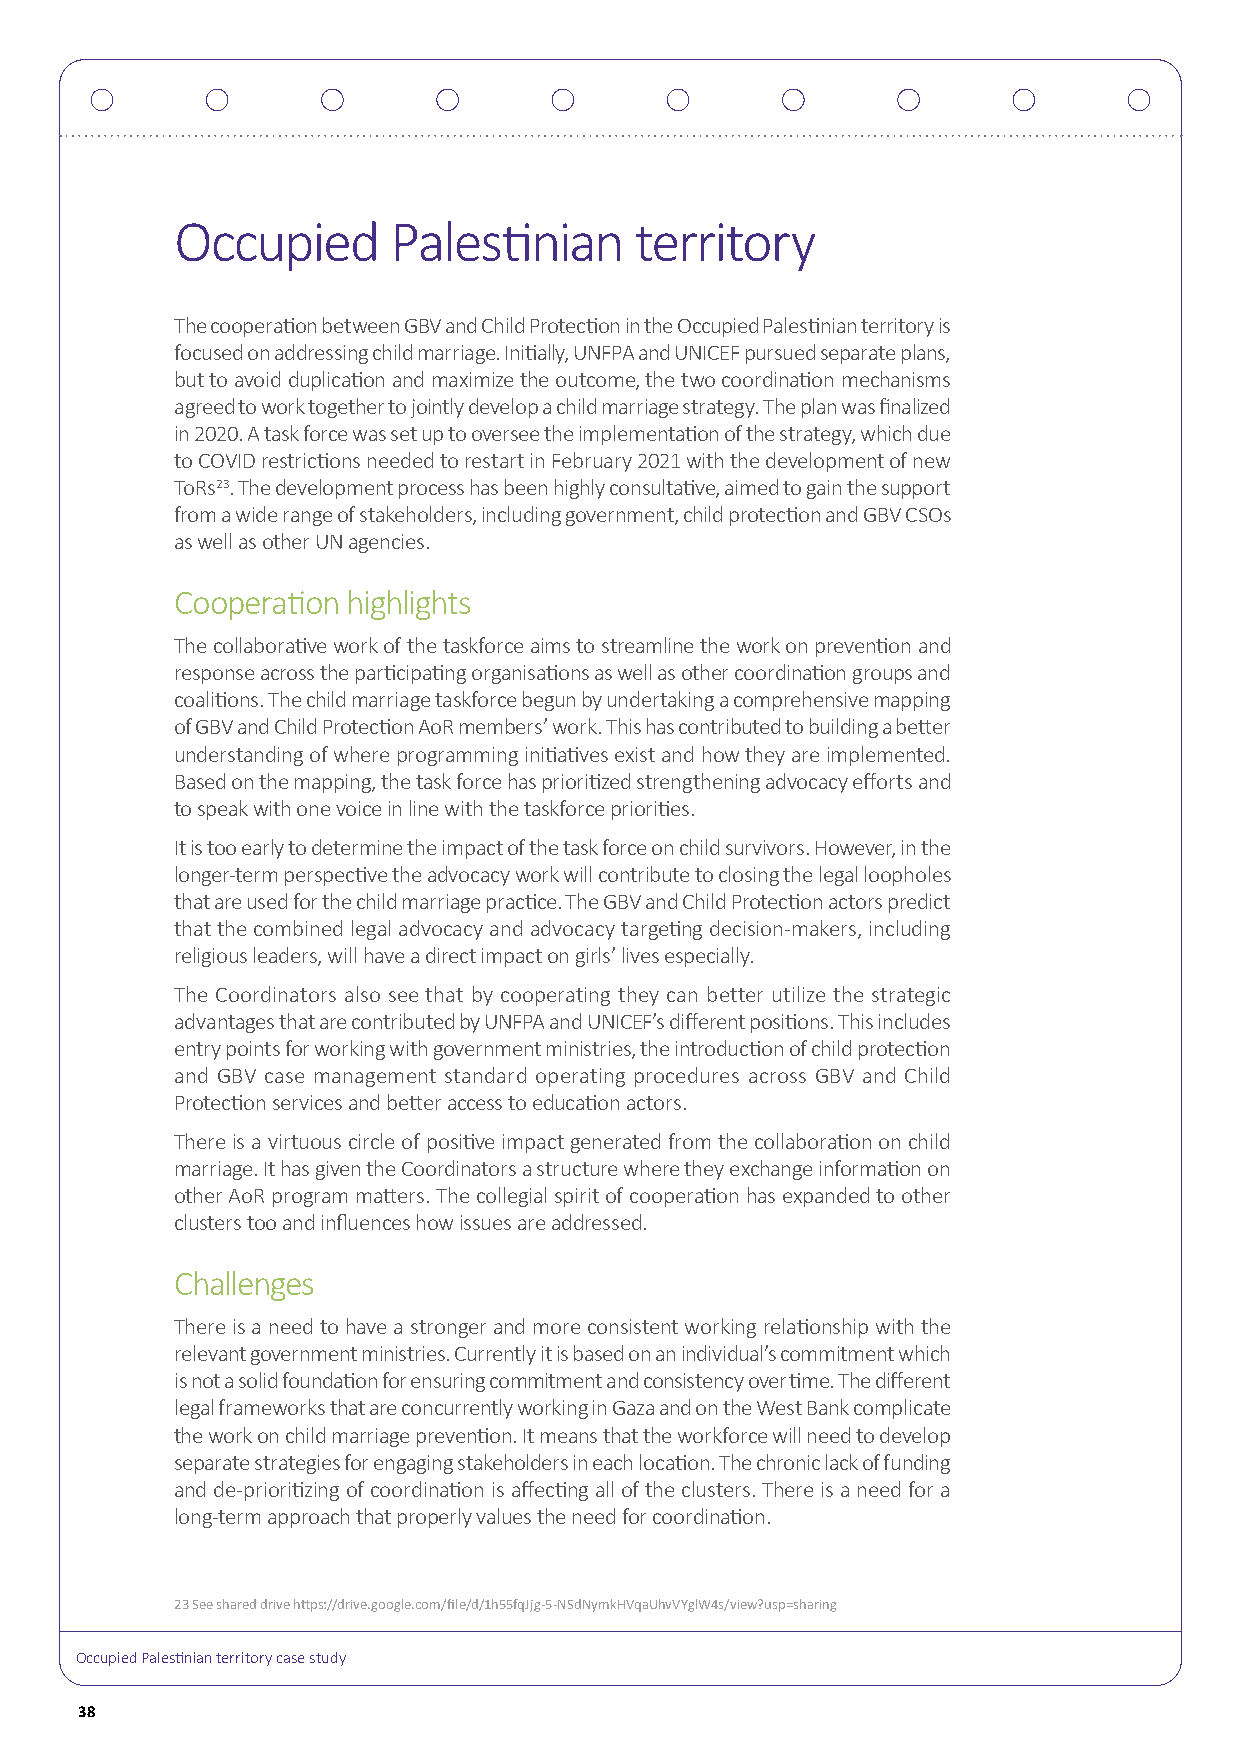
Occupied      Palestinian     territory
 The cooperation between GBV and Child Protection in the Occupied Palestinian territory is
 focused on addressing child marriage. Initially, UNFPA and UNICEF pursued separate plans,
 but to avoid duplication and maximize the outcome, the two coordination mechanisms
 agreed to work together to jointly develop a child marriage strategy. The plan was finalized
 in 2020. A task force was set up to oversee the implementation of the strategy, which due
 to COVID restrictions needed to restart in February 2021 with the development of new
 ToRs23. The development process has been highly consultative, aimed to gain the support
 from a wide range of stakeholders, including government, child protection and GBV CSOs
 as well as other UN agencies.
 Cooperation highlights
 The collaborative work of the taskforce aims to streamline the work on prevention and
 response across the participating organisations as well as other coordination groups and
 coalitions. The child marriage taskforce begun by undertaking a comprehensive mapping
 of GBV and Child Protection AoR members’ work. This has contributed to building a better
 understanding of where programming initiatives exist and how they are implemented.
 Based on the mapping, the task force has prioritized strengthening advocacy efforts and
 to speak with one voice in line with the taskforce priorities.
 It is too early to determine the impact of the task force on child survivors. However, in the
 longer-term perspective the advocacy work will contribute to closing the legal loopholes
 that are used for the child marriage practice. The GBV and Child Protection actors predict
 that the combined legal advocacy and advocacy targeting decision-makers, including
 religious leaders, will have a direct impact on girls’ lives especially.
 The Coordinators also see that by cooperating they can better utilize the strategic
 advantages that are contributed by UNFPA and UNICEF’s different positions. This includes
 entry points for working with government ministries, the introduction of child protection
 and GBV case management standard operating procedures across GBV and Child
 Protection services and better access to education actors.
 There is a virtuous circle of positive impact generated from the collaboration on child
 marriage. It has given the Coordinators a structure where they exchange information on
 other AoR program matters. The collegial spirit of cooperation has expanded to other
 clusters too and influences how issues are addressed.
 Challenges
 There is a need to have a stronger and more consistent working relationship with the
 relevant government ministries. Currently it is based on an individual’s commitment which
 is not a solid foundation for ensuring commitment and consistency over time. The different
 legal frameworks that are concurrently working in Gaza and on the West Bank complicate
 the work on child marriage prevention. It means that the workforce will need to develop
 separate strategies for engaging stakeholders in each location. The chronic lack of funding
 and de-prioritizing of coordination is affecting all of the clusters. There is a need for a
 long-term approach that properly values the need for coordination.
 23 See shared drive https://drive.google.com/file/d/1h55fqJjg-5-NSdNymkHVqaUhvVYglW4s/view?usp=sharing
 Occupied Palestinian territory case study
 38